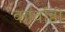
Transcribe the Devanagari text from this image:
कार्वाही